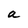
Character: a